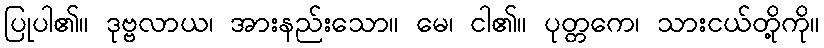
ပြုပါ၏။ ဒုဗ္ဗလာယ၊ အားနည်းသော။ မေ၊ ငါ၏။ ပုတ္တကေ၊ သားငယ်တို့ကို။